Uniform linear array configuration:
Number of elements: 16
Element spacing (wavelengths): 0.5
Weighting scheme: kaiser
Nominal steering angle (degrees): -45
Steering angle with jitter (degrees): -45.362
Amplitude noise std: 0.05
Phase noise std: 0.05

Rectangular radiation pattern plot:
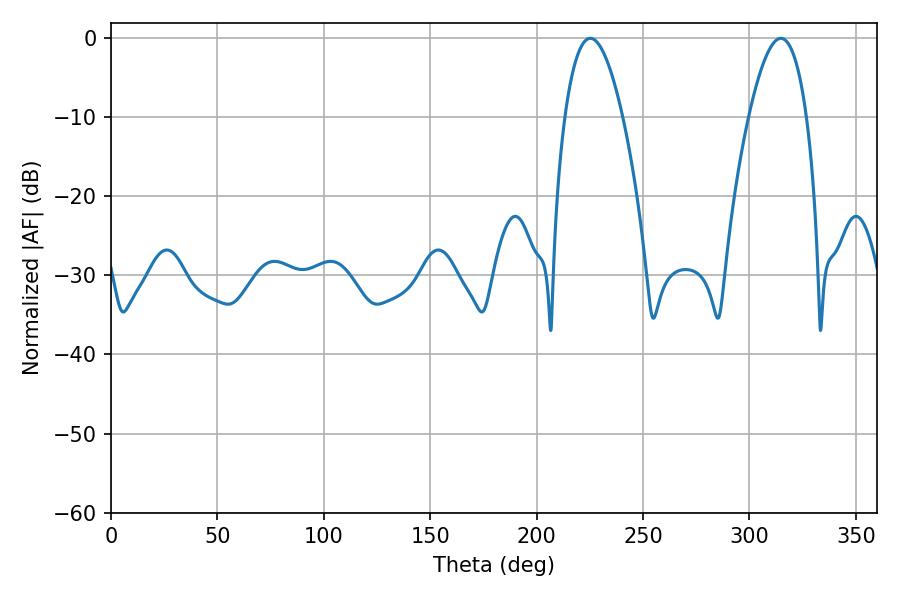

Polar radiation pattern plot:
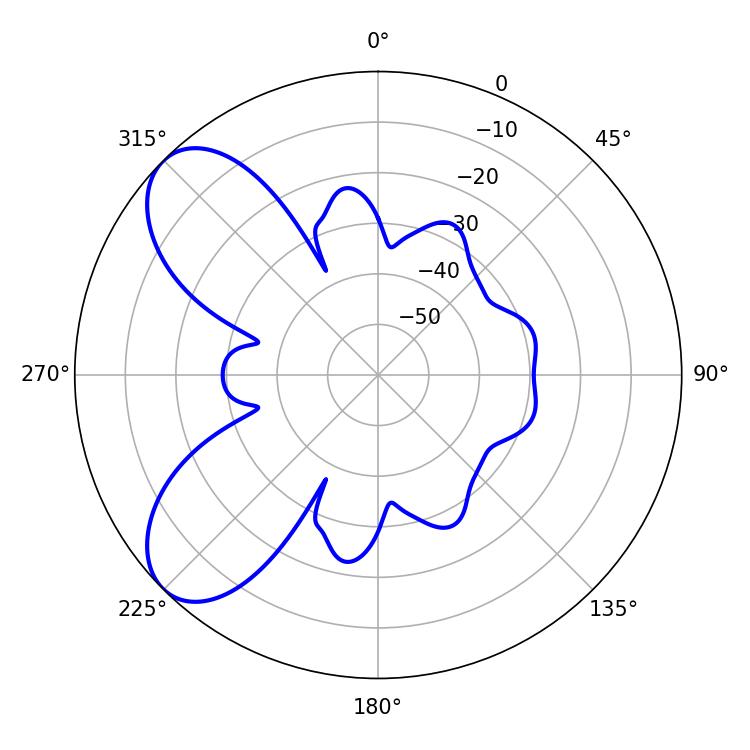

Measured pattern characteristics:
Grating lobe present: FALSE
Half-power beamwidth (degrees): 14.94
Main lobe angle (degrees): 225.18